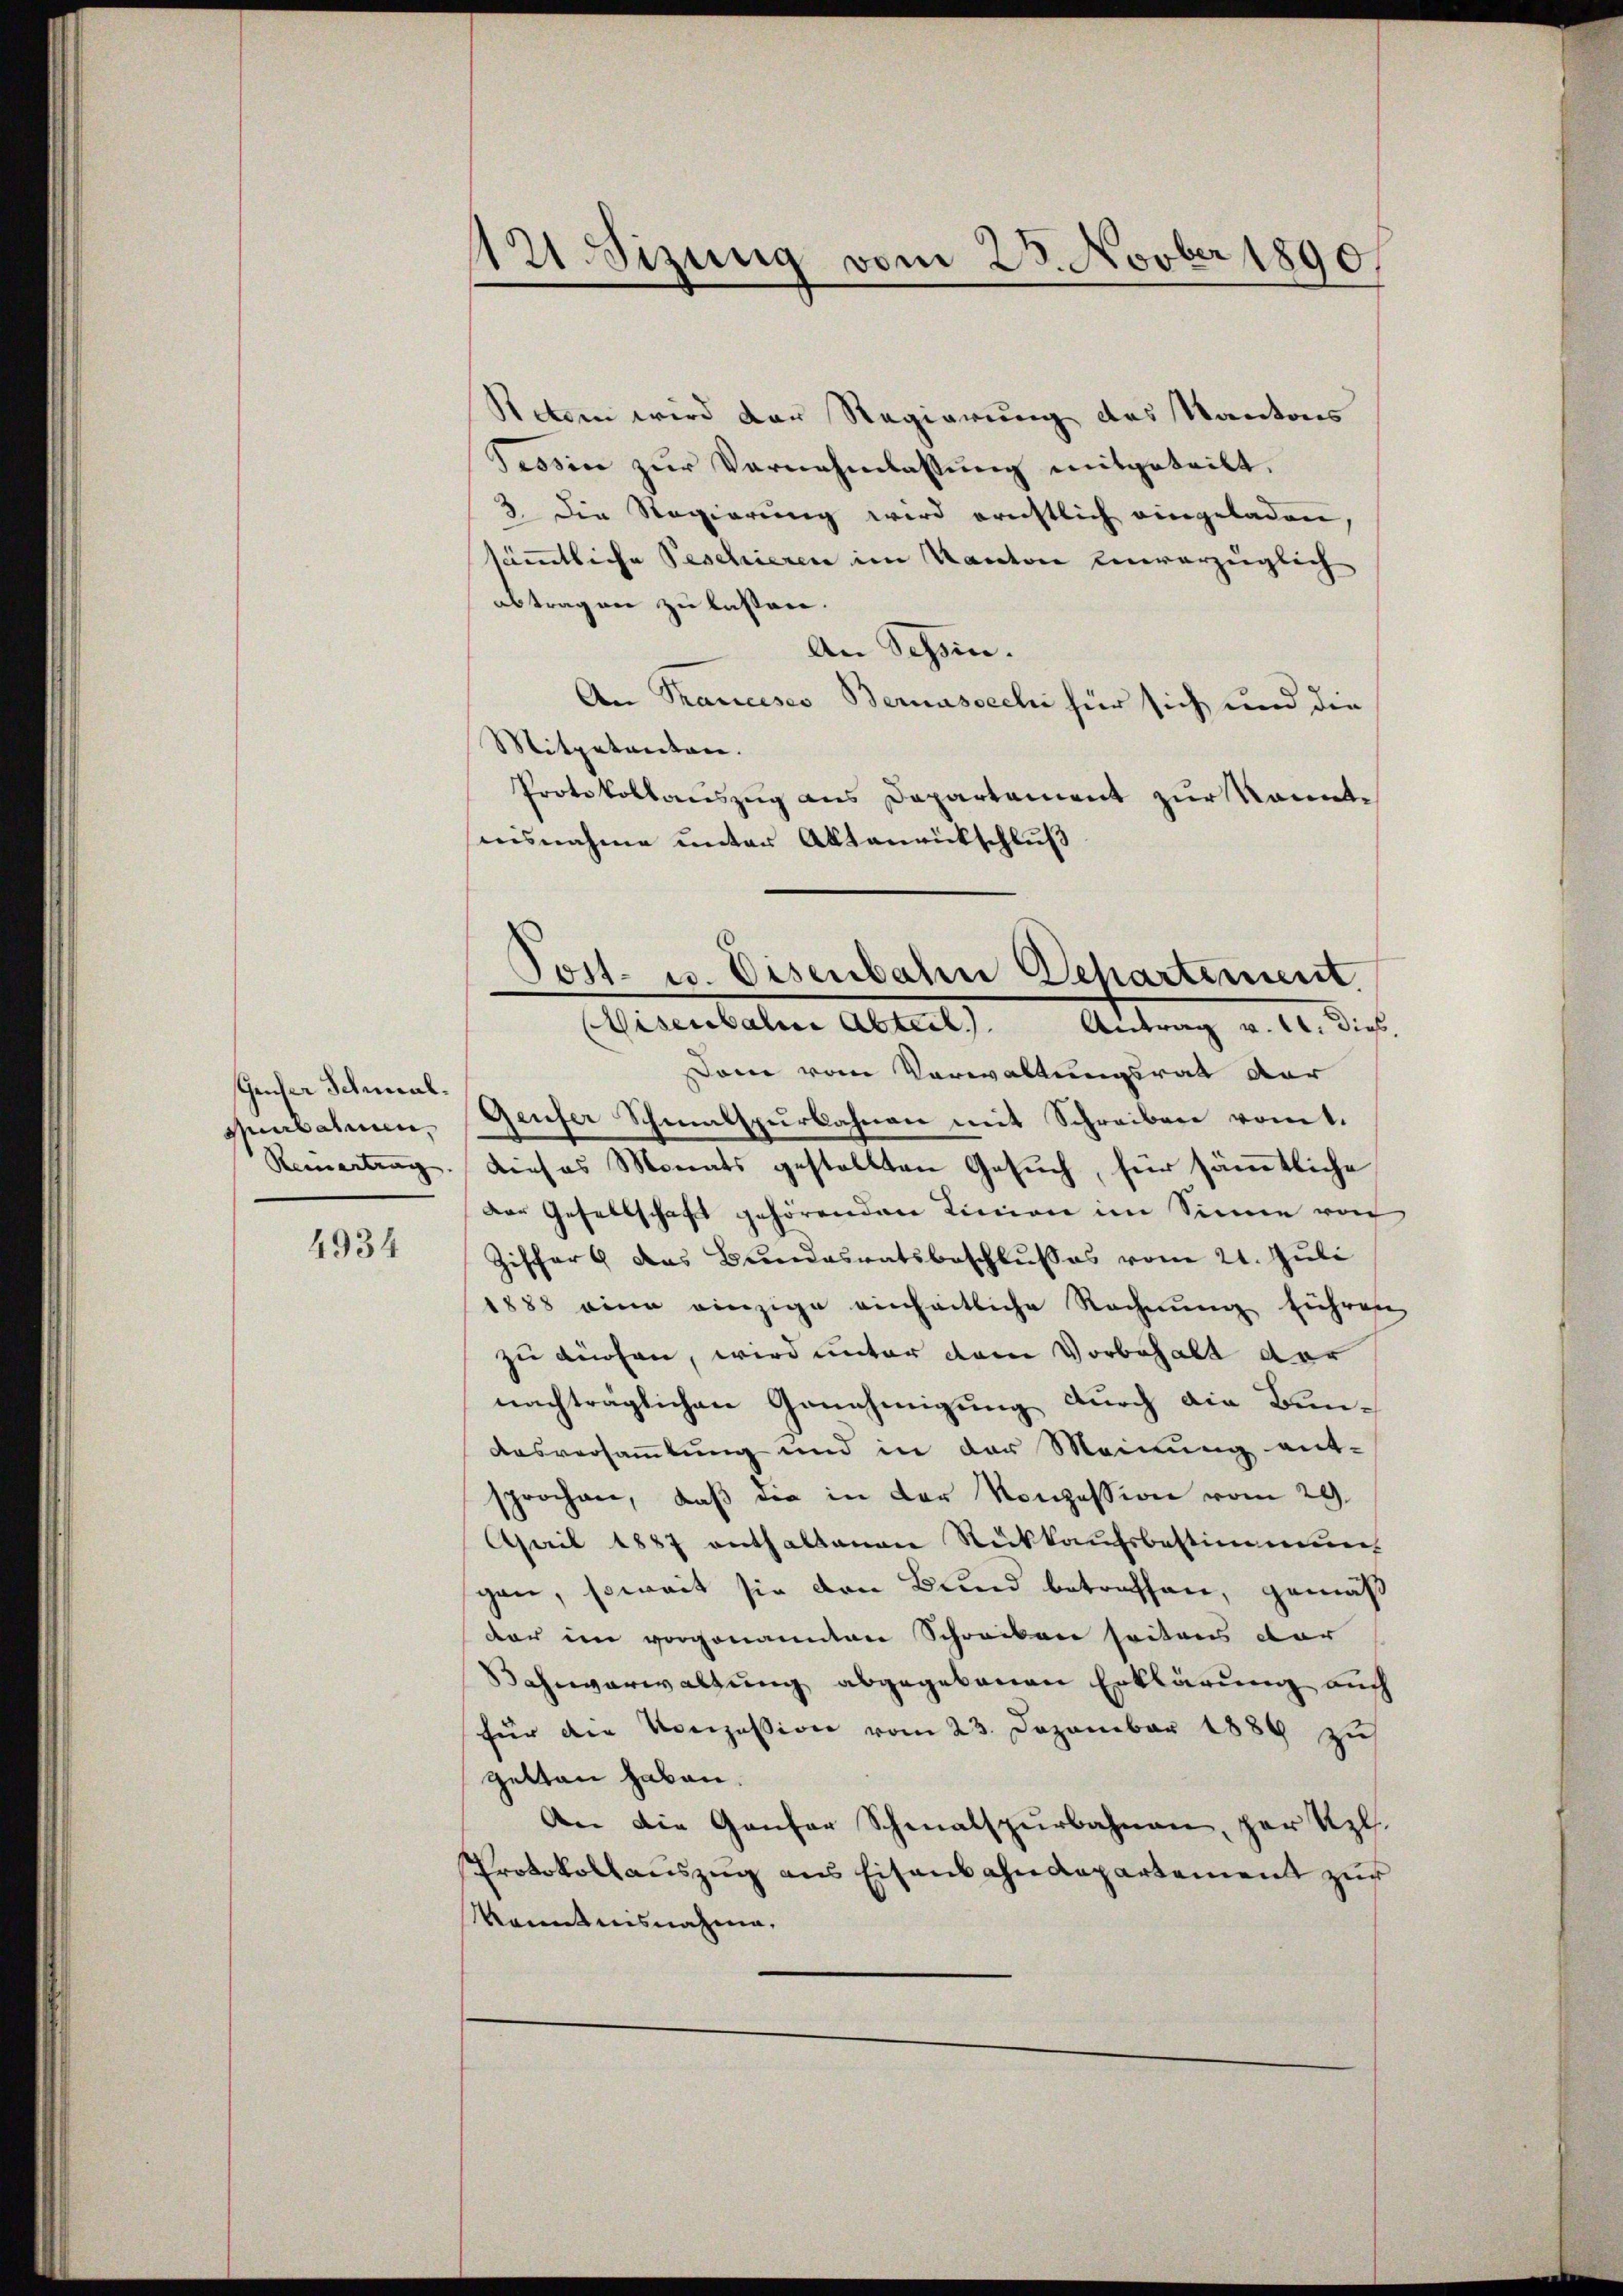
Geuser Schal¬
Marsahmen.
Reinertrag

4934

121. Sizung vom 23. Novber 1890

Retern wird der Regierung des Kantons
Tessin zur Vernehmlassung mitgeteilt,
3. Die Regierung wird ernstlich eingeladen,
sämmtliche Beschieren im Kantone einverzüglich
abtragen zu lassen.
An Schin.
An Trancises Bernassech für sich und die
Mitpetvertare.
Protokollauszug aus Departement zur kannte
nisnahme unter Aktenrückschluß
am vom Vorwaltungsrath der
Genfer Schmalspurkahnen mit Schreiben vomt.
dieses Monats gestellten Gesuch, für sämmtliche
Der Gesellschaft gehörenden Linien im Sinne von
Zischer & das Bundesratsbeschlusses vom 21. Juli
1888 eine einzige einheitliche Rechnŭng führen
zu auchen, wird unter dem Vorbehalt der
nachträglichen Genehmigung durch die Bun¬
Ausversammlung und in der Meinung ent-
sprochen, daß die in der Konzession vom 29.
April 1887 enthaltenen Rückkaufsbestimmung
gen, soweit sie den Bund betreffen, gemäß
dar im vorgenannten Schrecken seitens dar
Bahnverwaltung abgegebenen Erklärung auch
für die Konzession vom 23. Dezember 1889 zu
getten haben.
An die Genfer Schmalspurbahnen, per Kgl.
Protokollauszug aus Eisenbahndepartement zur
Kenntnisnahme,

Post- u. Eisenbahn Departement.
Nisenbahne Abteil.). Antrag v. M. dies,